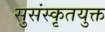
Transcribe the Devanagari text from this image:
सुसंस्कृतयुक्त